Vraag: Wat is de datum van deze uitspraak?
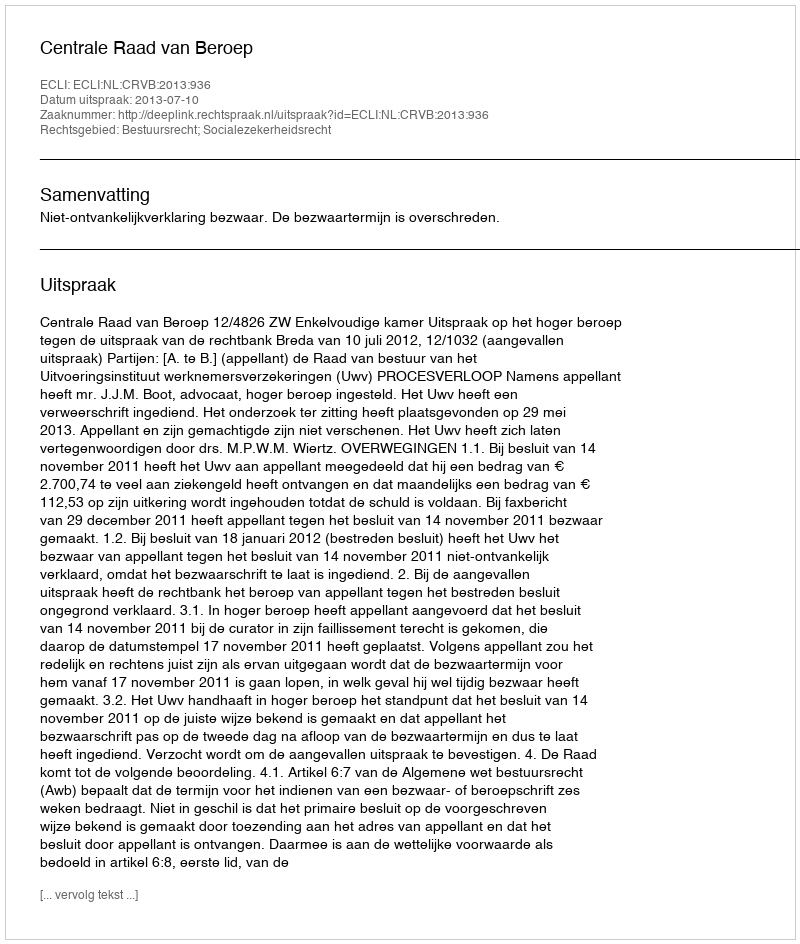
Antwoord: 2013-07-10